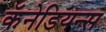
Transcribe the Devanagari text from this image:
कॅनेडियन्स